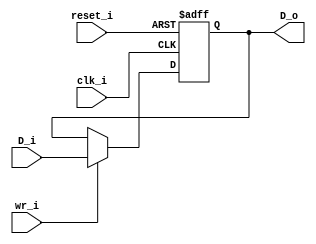
module cpcctl(
	input clk_i,
	input reset_i,
	input wr_i,
	input [7:0] D_i,
	output reg [7:0] D_o
);
	always @(posedge clk_i or posedge reset_i)
	if( reset_i ) D_o <= 8'd1;				
	else if( wr_i ) D_o <= D_i[7:0];
endmodule